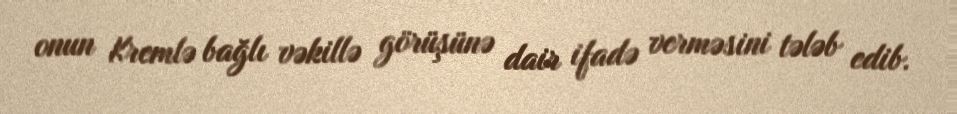
onun Kremlə bağlı vəkillə görüşünə dair ifadə verməsini tələb edib.